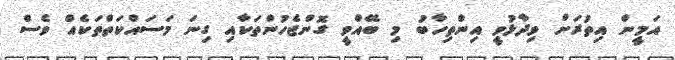
އަމީން އިތުރަށް ވިދާޅުވީ އިންތިހާބު މި ބޭއްވީ ގޮންޖެހުންތަކާއި ގިނަ މަސައްކަތްތަކެއް ވެސް